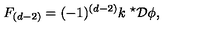
F _ { ( d - 2 ) } = ( - 1 ) ^ { ( d - 2 ) } k \ { } ^ { \star } { \cal D } \phi ,